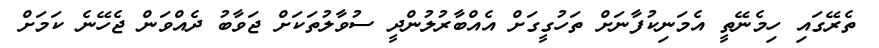
ތެރޭގައި ހިމެނޭތީ އެމަނިކުފާނަށް ތަހުގީގަށް އެއްބާރުލުންދީ ސުވާލުތަކަށް ޖަވާބު ދެއްވަން ޖެހޭނެ ކަމަށް